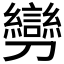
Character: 𠠪